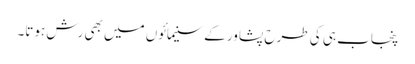
پنجاب ہی کی طرح پشاور کے سنیمائوں میں بھی رش ہوتا۔